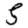
Digit: 5